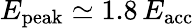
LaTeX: E_{\mathrm{peak}}\simeq 1.8\, E_{\mathrm{acc}}